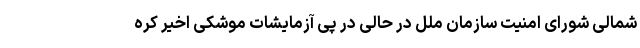
شمالی شورای امنیت سازمان ملل در حالی در پی آزمایشات موشکی اخیر کره